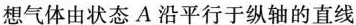
想气体由状态A沿平行于纵轴的直线